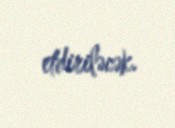
etdiriləcək.